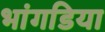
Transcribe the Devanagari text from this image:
भांगडिया